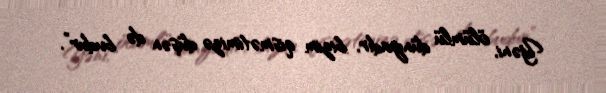
Yəni, ölümlü dünyadır, bizim qismətimizə düşən də budur”.